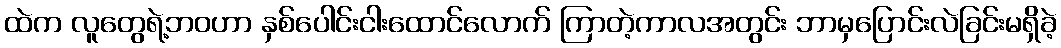
ထဲက လူတွေရဲ့ဘဝဟာ နှစ်ပေါင်းငါးထောင်လောက် ကြာတဲ့ကာလအတွင်း ဘာမှပြောင်းလဲခြင်းမရှိခဲ့